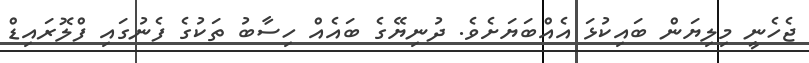
ޖެހެނީ މިލިޔަން ބައިކުޅަ އެއްބަޔަށެވެ. ދުނިޔޭގެ ބައެއް ހިސާބު ތަކުގެ ފެނުގައި ފްލޮރައިޑް